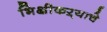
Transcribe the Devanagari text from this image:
भिक्षीकऱ्याचे